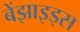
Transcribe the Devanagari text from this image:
बेंझाइड्स